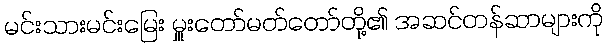
မင်းသားမင်းမြေး မှူးတော်မတ်တော်တို့၏ အဆင်တန်ဆာများကို